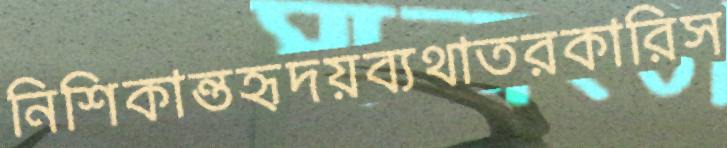
নিশিকান্তহৃদয়ব্যথাতরকারিস